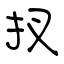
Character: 扠